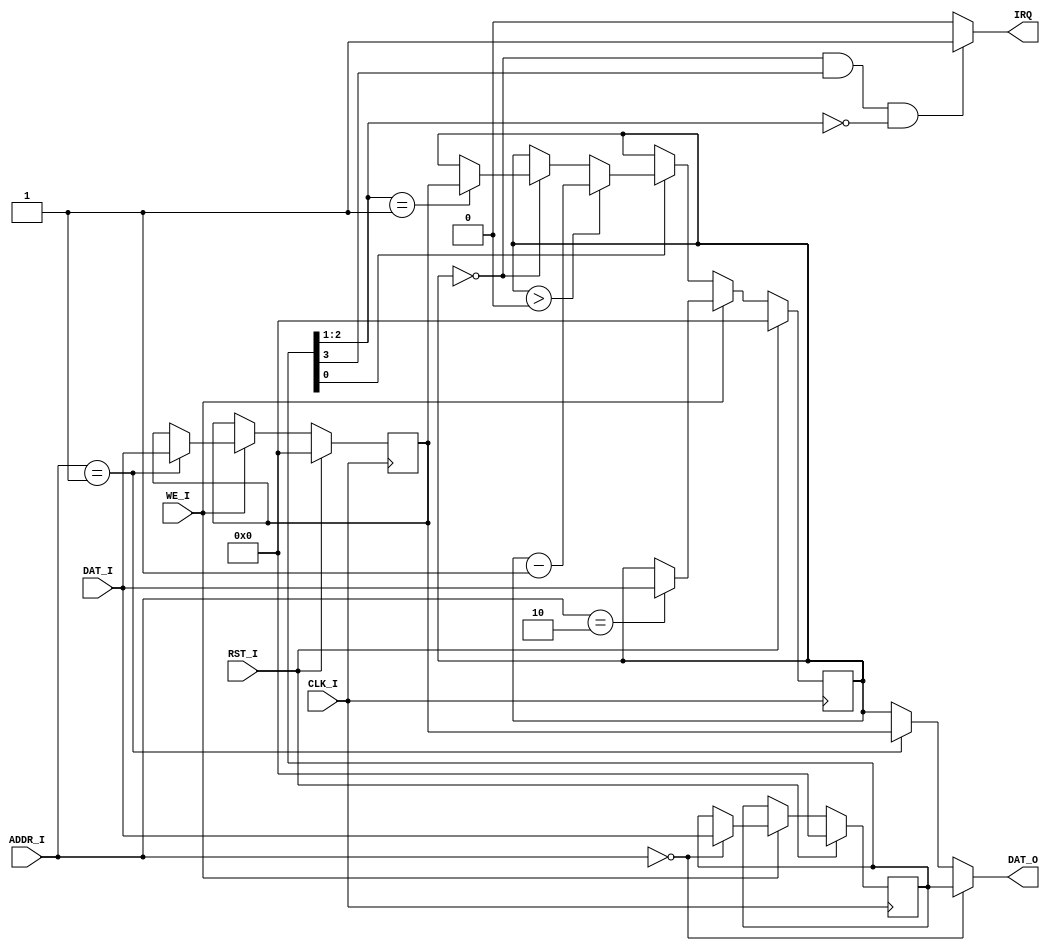
module timer(
input CLK_I,
input RST_I,
input [3:2]ADDR_I,
input WE_I,
input [31:0]DAT_I,
output wire [31:0]DAT_O,
output wire IRQ
);
reg [31:0] ctrl, preset, count;
  
wire im;
wire [2:1] mode;
wire enable;
assign im = ctrl[3];  
assign mode = ctrl[2:1];  
assign enable = ctrl[0];  
  
assign IRQ = (count==32'b0 && im && mode==2'b00) ? 1 : 0;  
  
assign DAT_O = (ADDR_I == 2'b00) ? ctrl : (ADDR_I == 2'b01) ? preset : (ADDR_I == 2'b10) ? count : count;
  
initial
begin
    ctrl = 32'd0;  
    preset = 32'd0;
    count = 32'd0;
end
  
always@(posedge CLK_I)
begin
if(RST_I)
begin
ctrl = 32'd0; 
preset = 32'd0;
count = 32'd0;
end
else if(WE_I)
begin
case(ADDR_I)
2'b00:
begin
ctrl = DAT_I;
end
2'b01:
begin
preset = DAT_I;
end
2'b10:
begin
count = DAT_I;
end
default:;
endcase
end
else if(enable)
begin
if(count > 0)
begin
count = count - 1;
end
else if(count == 0)
begin
case(mode)
2'b00:;
2'b01:
begin
count = preset;
end
default:;
endcase
end
end
end
  
  
endmodule